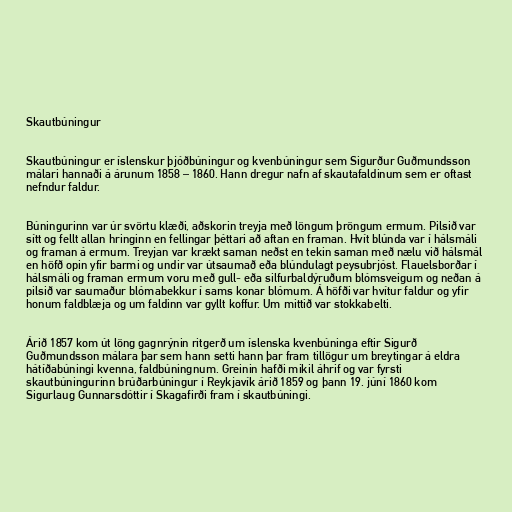
Skautbúningur

Skautbúningur er íslenskur þjóðbúningur og kvenbúningur sem Sigurður Guðmundsson
málari hannaði á árunum 1858 – 1860. Hann dregur nafn af skautafaldinum sem er oftast
nefndur faldur.

Búningurinn var úr svörtu klæði, aðskorin treyja með löngum þröngum ermum. Pilsið var
sítt og fellt allan hringinn en fellingar þéttari að aftan en framan. Hvít blúnda var í hálsmáli
og framan á ermum. Treyjan var krækt saman neðst en tekin saman með nælu við hálsmál
en höfð opin yfir barmi og undir var útsaumað eða blúndulagt peysubrjóst. Flauelsborðar í
hálsmáli og framan ermum voru með gull- eða silfurbaldýruðum blómsveigum og neðan á
pilsið var saumaður blómabekkur í sams konar blómum. Á höfði var hvítur faldur og yfir
honum faldblæja og um faldinn var gyllt koffur. Um mittið var stokkabelti.

Árið 1857 kom út löng gagnrýnin ritgerð um íslenska kvenbúninga eftir Sigurð
Guðmundsson málara þar sem hann setti hann þar fram tillögur um breytingar á eldra
hátíðabúningi kvenna, faldbúningnum. Greinin hafði mikil áhrif og var fyrsti
skautbúningurinn brúðarbúningur í Reykjavík árið 1859 og þann 19. júní 1860 kom
Sigurlaug Gunnarsdóttir í Skagafirði fram í skautbúningi.